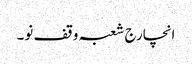
انچارج شعبہ وقف نو۔